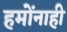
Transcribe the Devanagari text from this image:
हमोंनाही